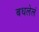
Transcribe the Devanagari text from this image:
बधलेलं